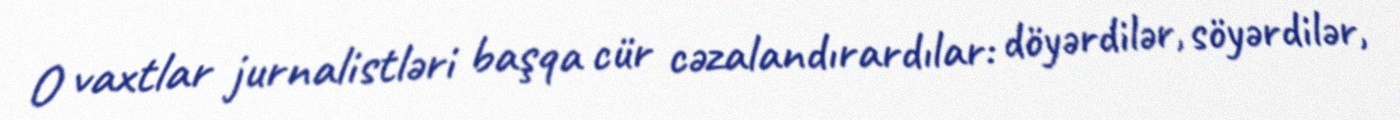
O vaxtlar jurnalistləri başqa cür cəzalandırardılar: döyərdilər, söyərdilər,